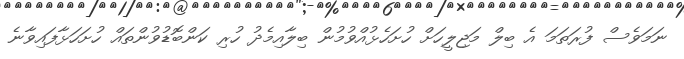
ނަމަވެސް ފުރަތަމަ އެ ބިލް މަޖިލީހަށް ހުށަހެޅުއްވުމުން ބިލާއިމެދު ހުރި ކަންބޮޑުވުންތައް ހުށަހަޅާފައިވާނެ